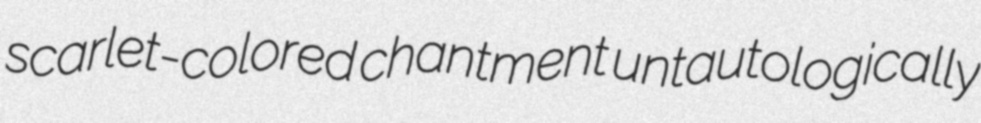
scarlet-colored chantment untautologically